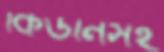
কিডনিসহ